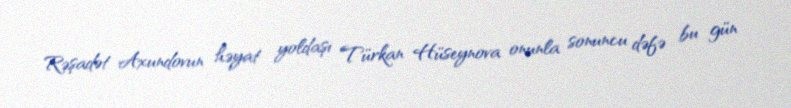
Rəşadət Axundovun həyat yoldaşı Türkan Hüseynova onunla sonuncu dəfə bu gün